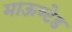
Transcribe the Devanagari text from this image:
माऊण्टेड